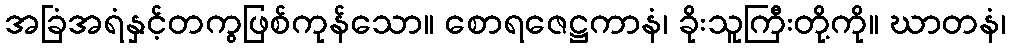
အခြံအရံနှင့်တကွဖြစ်ကုန်သော။ စောရဇေဋ္ဌကာနံ၊ ခိုးသူကြီးတို့ကို။ ဃာတနံ၊